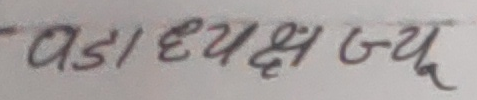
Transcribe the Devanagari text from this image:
पडा अध्यक्ष ज्यु